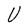
Character: U